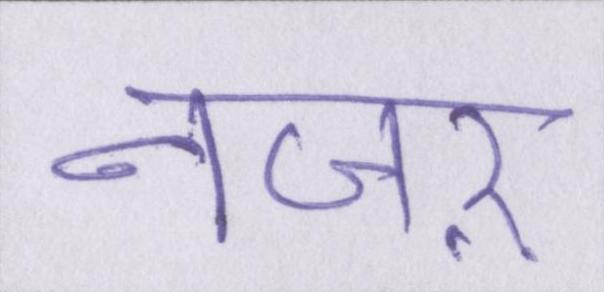
नजऱ